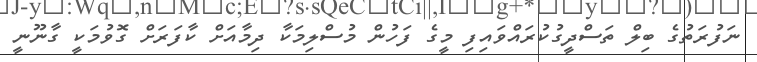
ނަފުރަތުގެ ބިލް ތަސްދީގުކުރައްވައިފި މީގެ ފަހުން މުސްލިމަކާ ދިމާއަށް ކާފަރަށް ގޮވުމަކީ ގާނޫނީ